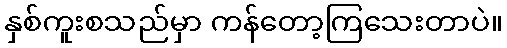
နှစ်ကူးစသည်မှာ ကန်တော့ကြသေးတာပဲ။